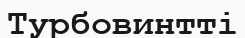
Турбовинтті